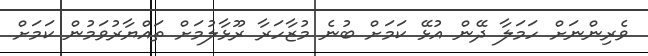
ވެރިންނަށް ހަމަލާ ދޭން އުޅޭ ކަމަށް ބުނެ މުޒާހަރާ ރޫޅާލުމަށް ތައްޔާރުވަމުން ކަމަށް